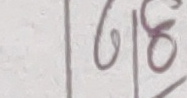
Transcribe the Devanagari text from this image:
६|४